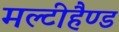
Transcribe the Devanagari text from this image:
मल्टीहैण्ड